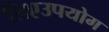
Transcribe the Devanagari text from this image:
लिएउपयोग